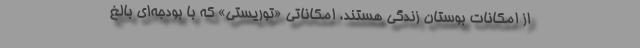
از امكانات بوستان زندگي هستند، امكاناتي «توريستي» كه با بودجه‌اي بالغ